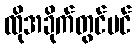
ထိုအခိုက်တွင်ပင်